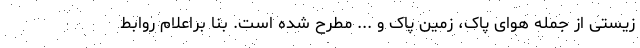
زیستی از جمله هوای پاک، زمین پاک و ... مطرح شده است. بنا براعلام روابط